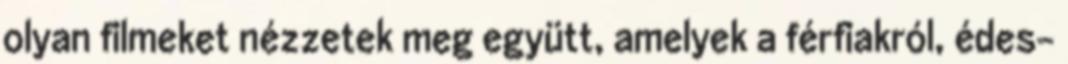
olyan filmeket nézzetek meg együtt, amelyek a férfiakról, édes-